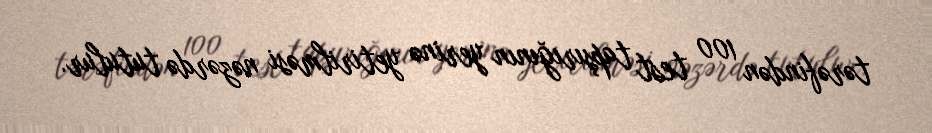
tərəfindən 100 test tapşırığının yerinə yetirilməsi nəzərdə tutulur.